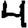
Digit: 4